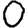
Digit: 0